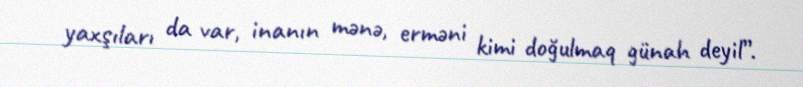
yaxşıları da var, inanın mənə, erməni kimi doğulmaq günah deyil”.